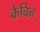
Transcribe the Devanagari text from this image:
केचिन